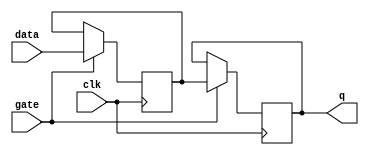
module Gated_D_latch_flip_flop(
    input data,
    input gate,
    input clk,
    output reg q
);

reg d;

always @(posedge clk) begin
    if(gate) begin
        d <= data;
    end
end

always @(posedge clk) begin
    if(gate) begin
        q <= d;
    end
end

endmodule